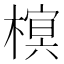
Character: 𣙣